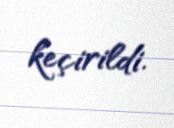
keçirildi.